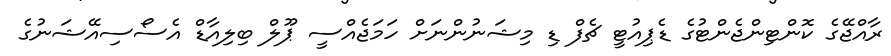
ރާއްޖޭގެ ކޮންޓިންޖެންޓުގެ ޑެޕިއުޓީ ޗެފް ޑި މިޝަނުންނަށް ހަމަޖެއްސީ ޕޫލް ބިލިއާޑް އެސޯސިއޭޝަނުގެ